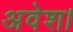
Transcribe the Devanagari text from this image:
अवेश।